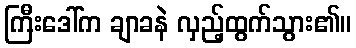
ကြီးဒေါ်က ချာခနဲ လှည့်ထွက်သွား၏။